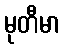
မုတီမာ